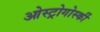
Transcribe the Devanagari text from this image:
ओस्ट्रोगोर्स्की